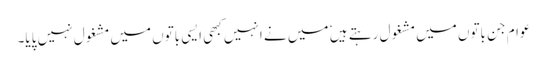
عوام جن باتوں میں مشغول رہتے ہیں ٗ میں نے انہیں کبھی ایسی باتوں میں مشغول نہیں پایا۔